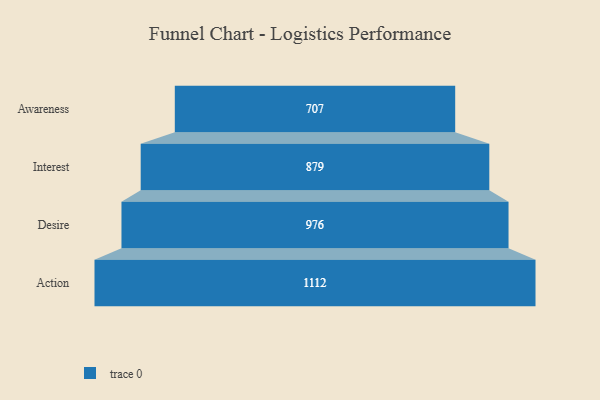
{"axis": {"x": "Stage", "y": "Value"}, "legend": [""], "data": [{"x": "Awareness", "y": 707.0, "type": ""}, {"x": "Interest", "y": 879.0, "type": ""}, {"x": "Desire", "y": 976.0, "type": ""}, {"x": "Action", "y": 1112.0, "type": ""}]}